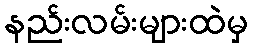
နည်းလမ်းများထဲမှ